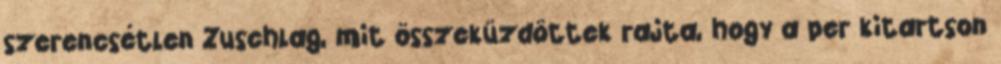
szerencsétlen Zuschlag, mit összeküzdöttek rajta, hogy a per kitartson